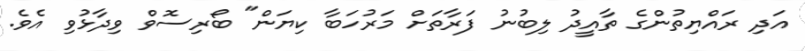
އަދި ރައްޔިތުންގެ ތާއީދު ލިބުނު ފަރާތަށް މަރުހަބާ ކިޔަން" ބޯރިސޮވް ވިދާޅުވި އެވެ.